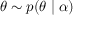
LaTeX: \theta \sim p ( \theta \mid \alpha )